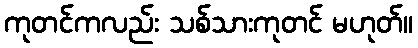
ကုတင်ကလည်း သစ်သားကုတင် မဟုတ်။